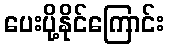
ပေးပို့နိုင်ကြောင်း